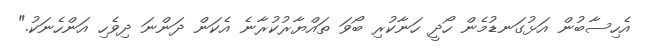
އެހިސާބުން އަޅުގަނޑުމެން ހޯދީ ހަނާކުރި ބޯވަ ތައްޔާރުކުރާނެ އެކަން ދަންނަ ދިވެހި އަންހެނަކު."